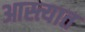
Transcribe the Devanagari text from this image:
आस्त्यात